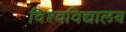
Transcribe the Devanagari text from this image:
विश्‍वविद्यालय